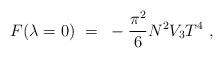
LaTeX: \begin{align*}{}F(\lambda=0 )~=~ -\frac{\pi^2}{6}N^2V_3T^4\ , \end{align*}